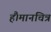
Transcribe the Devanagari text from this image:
हैं।मानचित्र